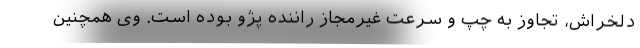
دلخراش، تجاوز به چپ و سرعت غیرمجاز راننده پژو بوده است. وی همچنین